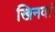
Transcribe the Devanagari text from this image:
खिनवां